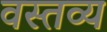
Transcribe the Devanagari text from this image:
वस्तव्य